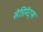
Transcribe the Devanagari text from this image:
सेडिमेंट्स